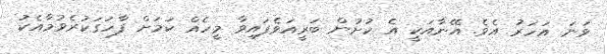
ވަނަ އަހަރު އެވެ. އޭނާއަކީ އެ ކުށުން ބަރީއަވެފައިވާ މީހެއް ކަމަށް ފާހަގަކުރެވުމާއެކު